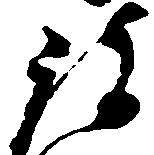
被